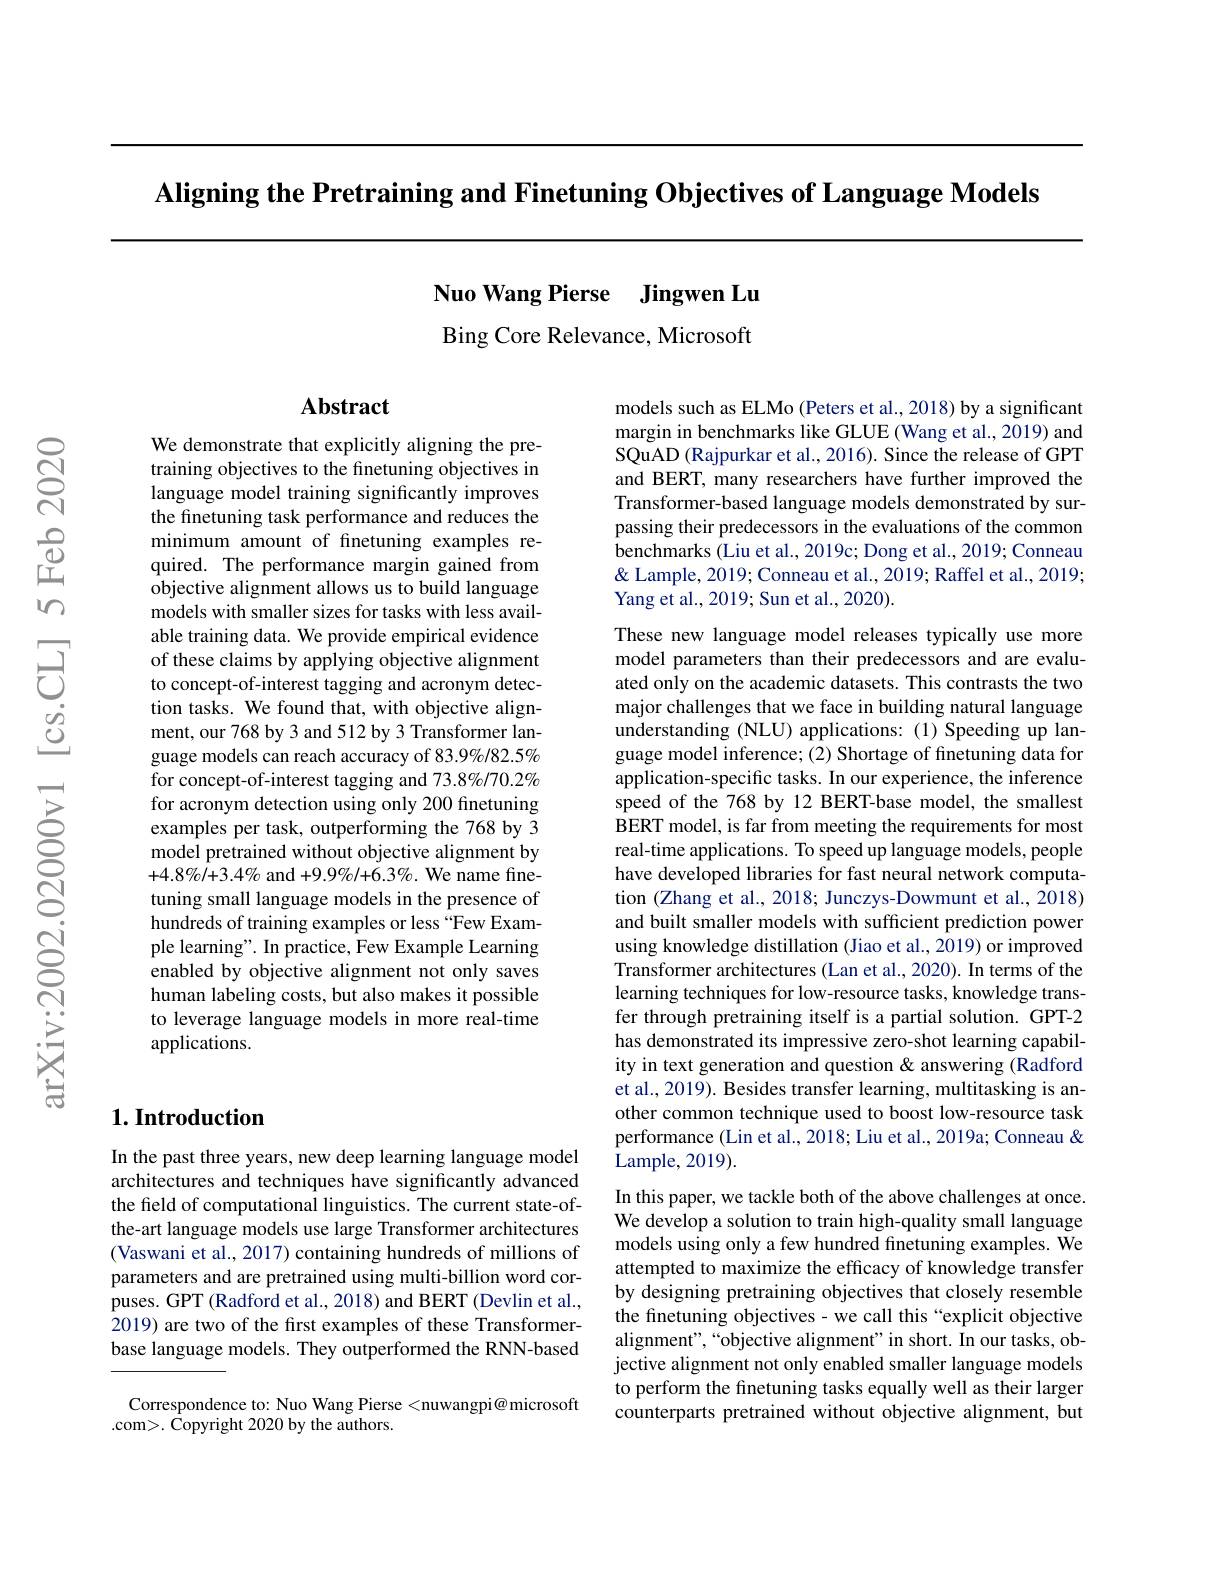
Aligning the Pretraining and Finetuning Objectives of Language Models

Nuo Wang Pierse Jingwen Lu

Bing Core Relevance, Microsoft

## Abstract

We demonstrate that explicitly aligning the pretraining objectives to the finetuning objectives in language model training significantly improves the finetuning task performance and reduces the minimum amount of fnetuning examples required. The performance margin gained from objective alignment allows us to build language models with smaller sizes for tasks with less available training data. We provide empirical evidence of these claims by applying objective alignment to concept-of-interest tagging and acronym detection tasks. We found that, with objective alignment, our 768 by 3 and 512 by 3 Transformer language models can reach accuracy of 83.9%/82.5% for concept-of-interest tagging and 73.8%/70.2% for acronym detection using only 200 finetuning examples per task, outperforming the 768 by 3 model pretrained without objective alignment by $+4.8\%/+3.4\%$ and $+9.9\%/+6.3\%.$ We name finetuning small language models in the presence of hundreds of training examples or less “Few Example learning". In practice, Few Example Learning enabled by objective alignment not only saves human labeling costs, but also makes it possible to leverage language models in more real-time applications.

## $1. \textbf{Introduction}$

In the past three years, new deep learning language model architectures and techniques have significantly advanced the field of computational linguistics. The current state-ofthe-art language models use large Transformer architectures (Vaswani et al., 2017) containing hundreds of millions of parameters and are pretrained using multi-billion word corpuses. GPT (Radford et al., 2018) and BERT (Devlin et al., 2019) are two of the first examples of these Transformerbase language models. They outperformed the RNN-based

Correspondence to: Nuo Wang Pierse <nuwangpi@ microsoft
.com>. Copyright 2020 by the authors.

models such as ELMo (Peters et al., 2018) by a significant margin in benchmarks like GLUE (Wang et al., 2019) and SQuAD (Rajpurkar et al., 2016). Since the release of GPT and BERT, many researchers have further improved the Transformer-based language models demonstrated by surpassing their predecessors in the evaluations of the common benchmarks (Liu et al., 2019c; Dong et al., 2019; Conneau & Lample, 2019; Conneau et al., 2019; Raffel et al., 2019; Yang et al., 2019; Sun et al., 2020).

These new language model releases typically use more model parameters than their predecessors and are evaluated only on the academic datasets. This contrasts the two major challenges that we face in building natural language understanding (NLU) applications: (1) Speeding up language model inference; (2) Shortage of finetuning data for application-specific tasks. In our experience, the inference speed of the 768 by 12 BERT-base model, the smallest BERT model, is far from meeting the requirements for most real-time applications. To speed up language models, people have developed libraries for fast neural network computation (Zhang et al., 2018; Junczys-Dowmunt et al., 2018) and built smaller models with sufficient prediction power using knowledge distillation (Jiao et al., 2019) or improved Transformer architectures (Lan et al., 2020). In terms of the learning techniques for low-resource tasks, knowledge transfer through pretraining itself is a partial solution. GPT-2 has demonstrated its impressive zero-shot learning capability in text generation and question & answering (Radford et al., 2019). Besides transfer learning, multitasking is another common technique used to boost low-resource task performance (Lin et al., 2018; Liu et al., 2019a; Conneau & Lample, 2019).
In this paper, we tackle both of the above challenges at once. We develop a solution to train high-quality small language models using only a few hundred finetuning examples. We attempted to maximize the efficacy of knowledge transfer by designing pretraining objectives that closely resemble the finetuning objectives - we call this “explicit objective alignment",“objective alignment”in short. In our tasks, objective alignment not only enabled smaller language models to perform the finetuning tasks equally well as their larger counterparts pretrained without objective alignment, but